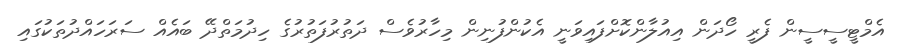
އެމްޓީސީސީން ފެރީ ހޯދަން އިއުލާންކޮށްފައިވަނީ އެކުންފުނިން މިހާރުވެސް ދަތުރުފަތުރުގެ ހިދުމަތްދޭ ބައެއް ސަރަހައްދުތަކުގައި